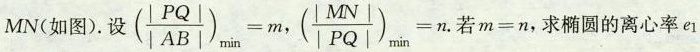
MN（如图）.设$$(\frac{|PQ|}{|AB|})_{\min}=m$$ ，$$\frac{|MN|}{|PQ|})_{\min}=n$$.若$$m=n$$，求椭圆的离心率e_{1}